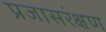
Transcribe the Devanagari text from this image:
प्रजासरंक्षण